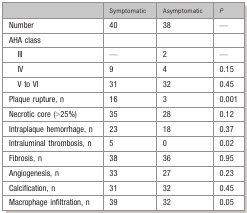
|  | Symptomatic | Asymptomatic | P |
 | --- | --- | --- | --- |
 | Number | 40 | 38 | — |
 | AHA class |  |  |  |
 | III | — | 2 | — |
 | IV | 9 | 4 | 0.15 |
 | V to VI | 31 | 32 | 0.45 |
 | Plaque rupture, n | 16 | 3 | 0.001 |
 | Necrotic core (>25%) | 35 | 28 | 0.12 |
 | Intraplaque hemorrhage, n | 23 | 18 | 0.37 |
 | Intraluminal thrombosis, n | 5 | 0 | 0.02 |
 | Fibrosis, n | 38 | 36 | 0.95 |
 | Angiogenesis, n | 33 | 27 | 0.23 |
 | Calcification, n | 31 | 32 | 0.45 |
 | Macrophage infiltration, n | 39 | 32 | 0.05 |